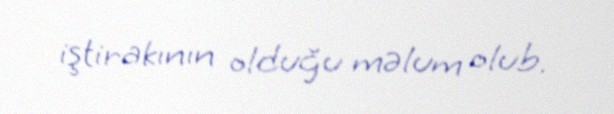
iştirakının olduğu məlum olub.